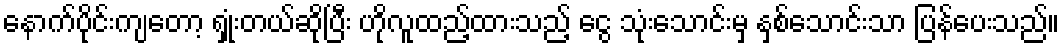
နောက်ပိုင်းကျတော့ ရှုံးတယ်ဆိုပြီး ဟိုလူထည့်ထားသည့် ငွေ သုံးသောင်းမှ နှစ်သောင်းသာ ပြန်ပေးသည်။